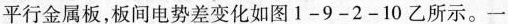
平行金属板，板间电势差变化如图1-9-2-10乙所示。一